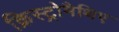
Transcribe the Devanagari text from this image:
क्रिस्ट्रोमैथिए